Scottish Certificate of Education, 1963
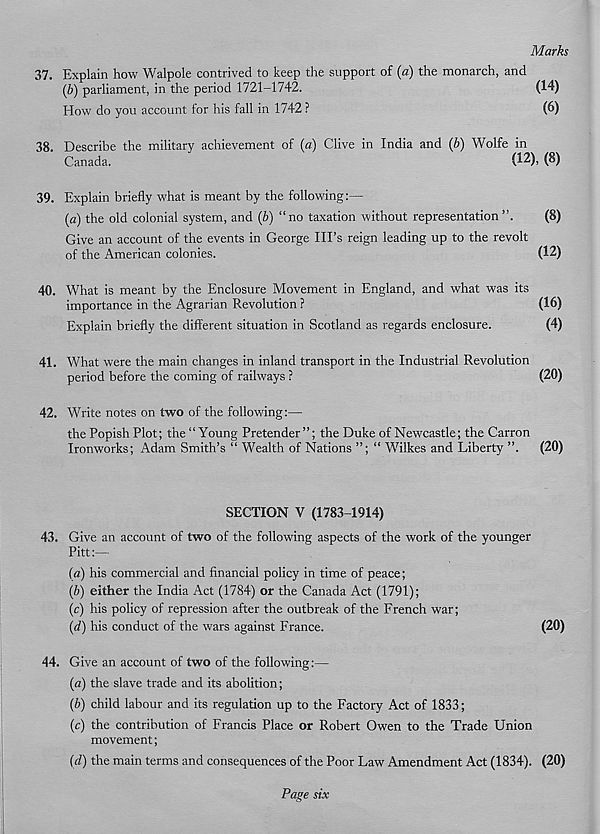
Marks
37. Explain how Walpole contrived to keep the support of (a) the monarch, and
(b)
parliament, in the period 1721-1742.
How do you account for his fall in 1742 ?
(6)
38. Describe the military achievement of (a) Clive in India and (6) Wolfe in
Canada.
(12), (8)
39. Explain briefly what is meant by the following:—
{a) the old colonial system, and {b) “no taxation without representation ”.
(8)
Give an account of the events in George Ill’s reign leading up to the revolt
of the American colonies.
(12)
40. What is meant by the Enclosure Movement in England, and what was its
importance in the Agrarian Revolution ?
(16)
Explain briefly the different situation in Scotland as regards enclosure.
(4)
41. What were the main changes in inland transport in the Industrial Revolution
period before the coming of railways ?
(20)
42. Write notes on two of the following:—
the Popish Plot; the “Young Pretender”; the Duke of Newcastle; the Carron
Ironworks; Adam Smith’s “ Wealth of Nations ”; “ Wilkes and Liberty ”.
(20)
SECTION V (1783-1914)
43. Give an account of two of the following aspects of the work of the younger
Pitt:—
(a)
his commercial and financial policy in time of peace;
{b) either the India Act (1784) or the Canada Act (1791);
(c) his policy of repression after the outbreak of the French war;
(d) his conduct of the wars against France.
(20)
44. Give an account of two of the following:—
(a) the slave trade and its abolition;
(b) child labour and its regulation up to the Factory Act of 1833;
(c) the contribution of Francis Place or Robert Owen to the Trade Union
movement;
{d) the main terms and consequences of the Poor Law Amendment Act (1834). (20)
Page six